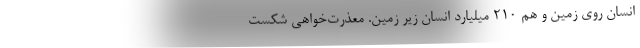
انسان روی زمین و هم 210 میلیارد انسان زیرِ زمین. معذرت‌خواهی شکست